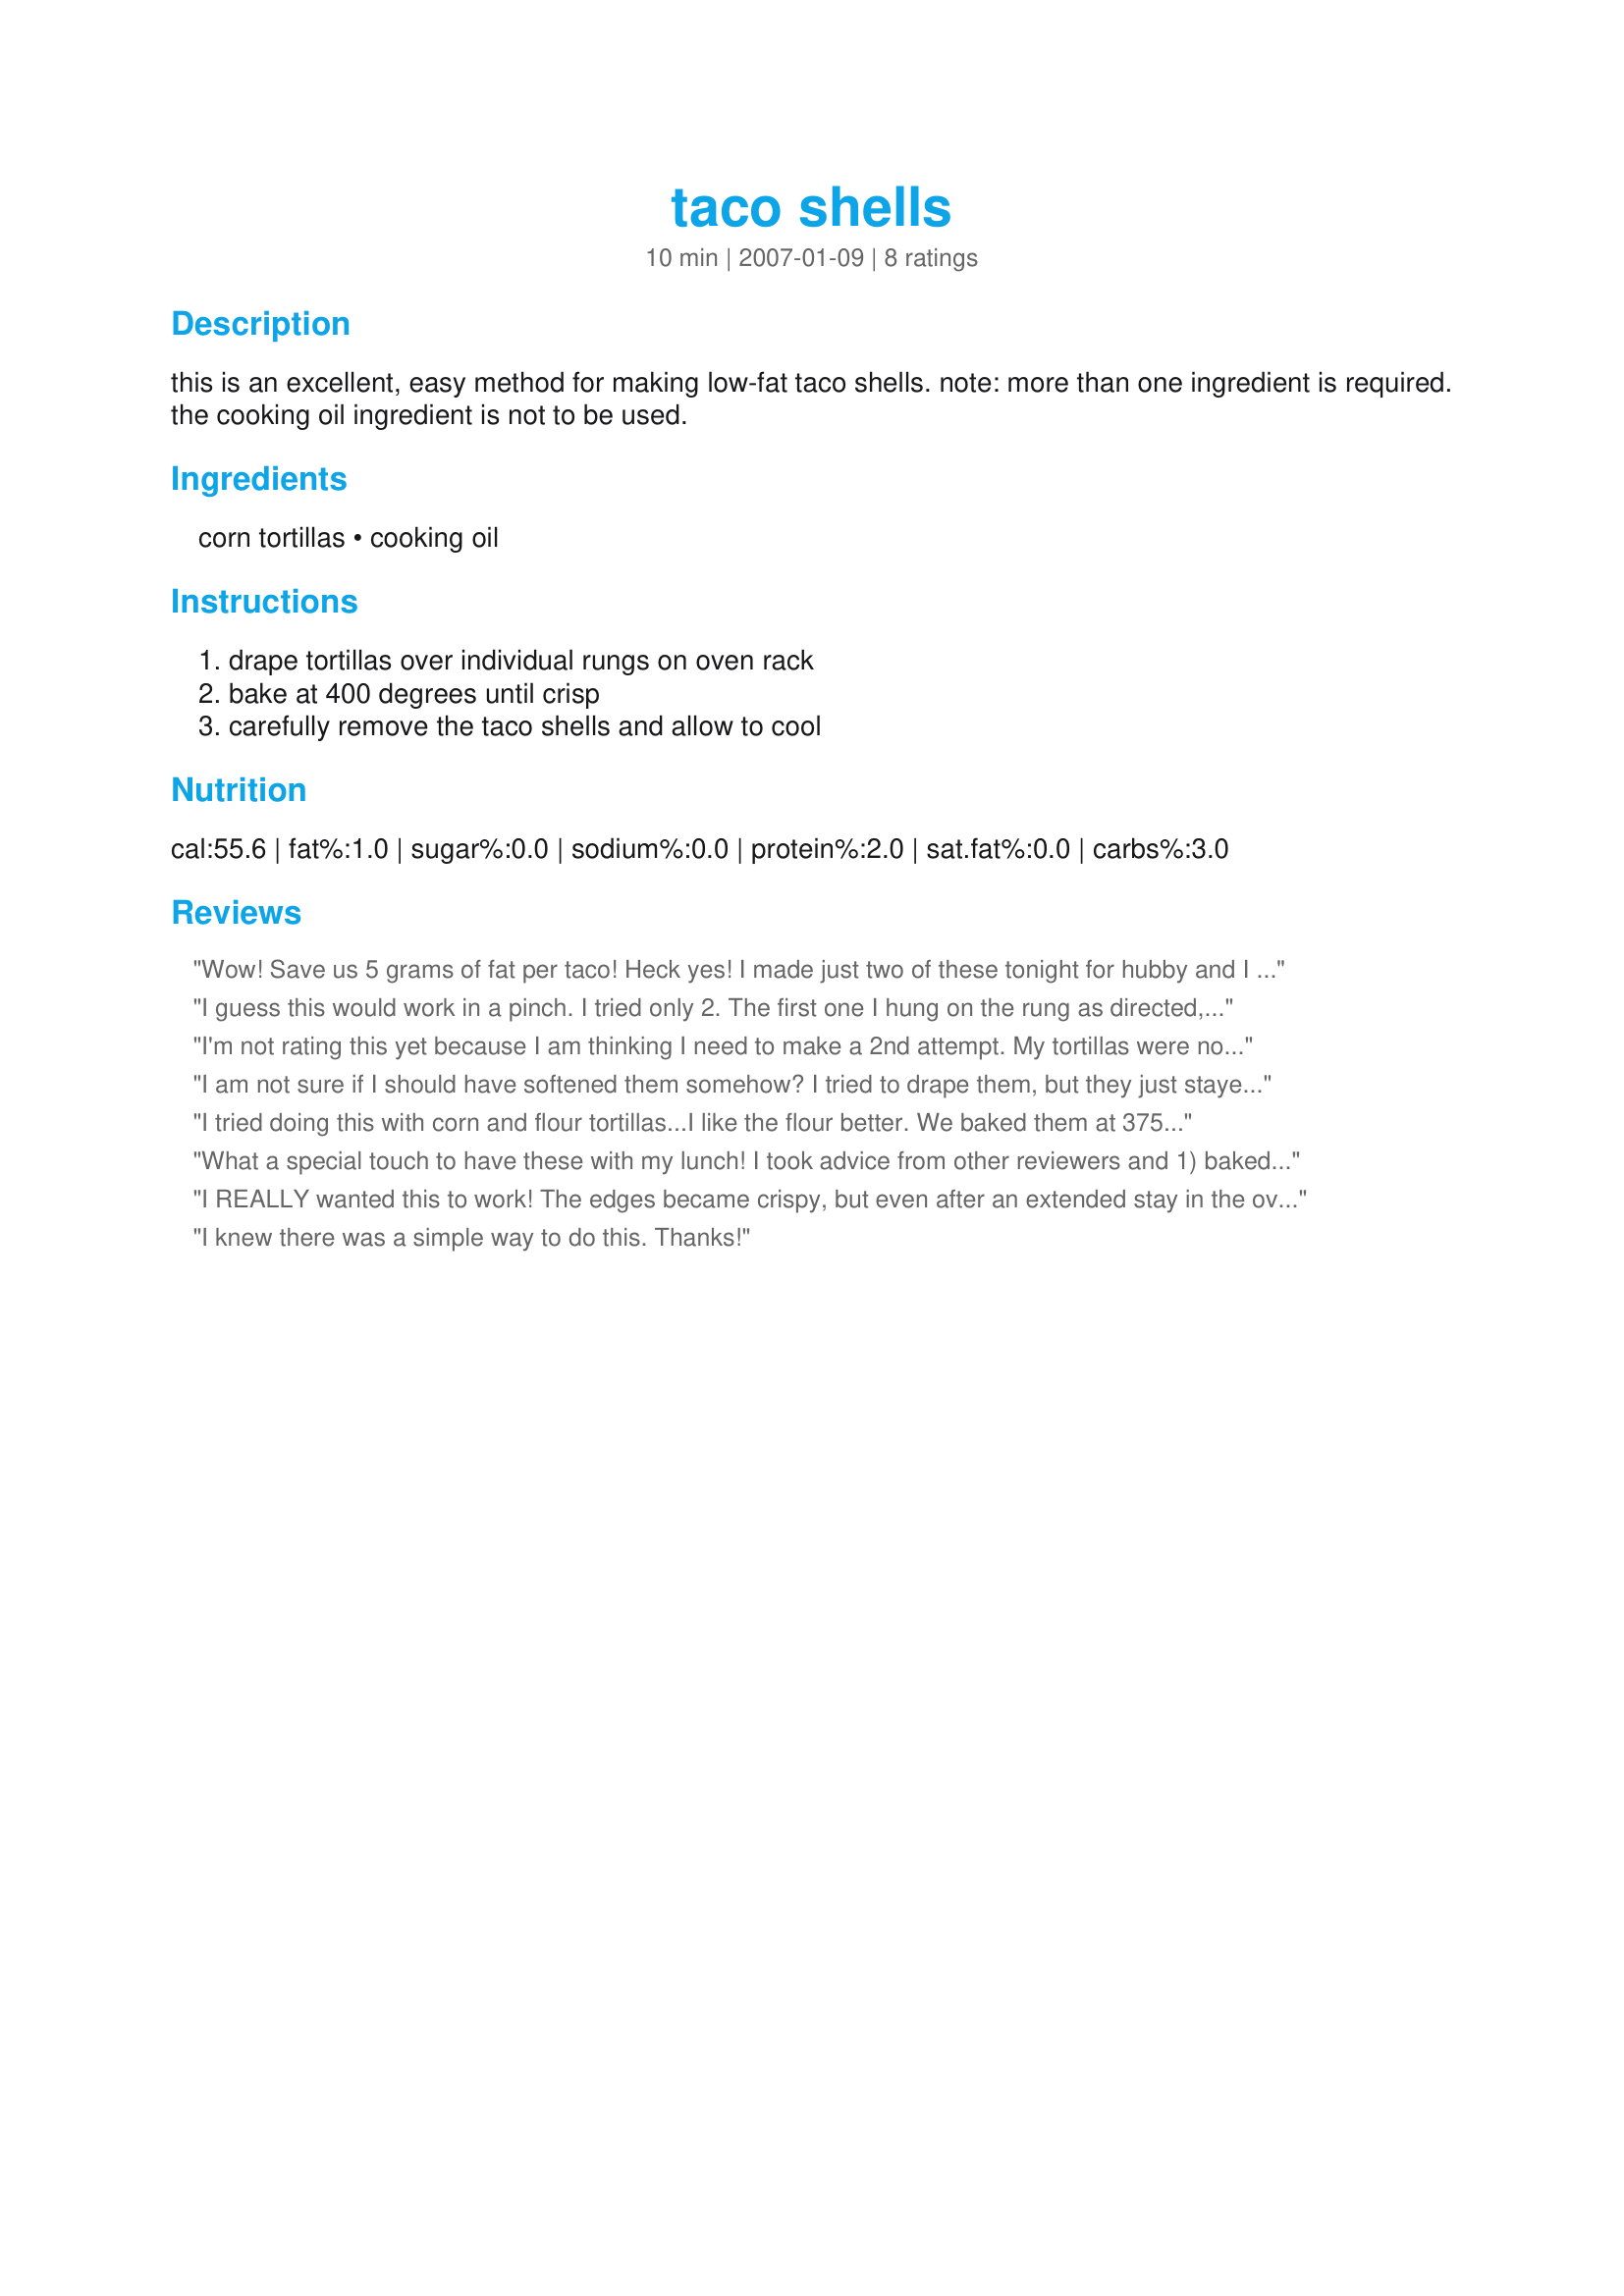
taco shells
Preparation time: 10 minutes

this is an excellent, easy method for making low-fat taco shells.

note: more than one ingredient is required. the cooking oil ingredient is not to be used.

Ingredients:
corn tortillas, cooking oil

Steps:
drape tortillas over individual rungs on oven rack, bake at 400 degrees until crisp, carefully remove the taco shells and allow to cool

Reviews:
Wow! Save us 5 grams of fat per taco! Heck yes! I made just two of these tonight for hubby and I to try, and they were good! A little tough on the edges where no food was touching, which I can find a way around and will experiment with next time. And even then, a small price to pay for a great healthier alternative to those shells that come in a box. Thanks so much for sharing this great tip!
I guess this would work in a pinch. I tried only 2. The first one I hung on the rung as directed, and let it go probably 7 or 8 minutes until it was crisp enough. That one ended up being too skinny to fit any taco fillings in it. I tried it again, draping the corn tortilla over 2 rungs which worked better, but I guess I would have to say it seems a whole lot easier to just use ones from the store. It was fun to try though.
I'm not rating this yet because I am thinking I need to make a 2nd attempt. My tortillas were not crispy anywhere near the 5 minute mark and by the time they were cripy they had a burnt taste to them and curled under themselves in a way that didn't allow any room to stuff them.
I am not sure if I should have softened them somehow? I tried to drape them, but they just stayed flat.
I tried doing this with corn and flour tortillas...I like the flour better. We baked them at 375?F until crispy, 7 to 10 minutes. We had a great time making these and draping them over two of the wires on the rack made them hold alot of filling...lol. I do have some metal taco shell molds...I'll give those a try, but I definitely like making my own taco shells! Thanks!
What a special touch to have these with my lunch! I took advice from other reviewers and 1) baked them 8 minutes so they would be crispy (though I will do longer next time, since parts of them could be a tiny bit chewy still) and 2) heated the tortillas first in the microwave for 15 seconds to soften them - that made them fold over perfectly. My oven rack has cross hatches, so I had to mimic the method by hanging the tortilla over the edge of a loaf pan. It was definitely too thin, so next time I will hang one over two pans (or add some foil padding?) to make a wider opening. I wonder if the oil in the ingredients is a mistake, since it is not in the directions (and doesn't seem to be needed there either). I love the fact that these are low fat, with a little practice this recipe will become a real keeper.
I REALLY wanted this to work! The edges became crispy, but even after an extended stay in the oven the middles never got farther than tough and chewy. Maybe this works better with store bought tortillas, but it didn%u2019t work well with my homemade ones.
I knew there was a simple way to do this. Thanks!
